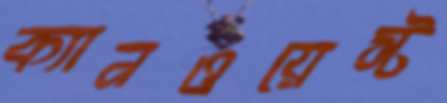
ক্যানওয়েস্ট